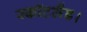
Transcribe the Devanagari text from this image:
स्कॉटलैंड।